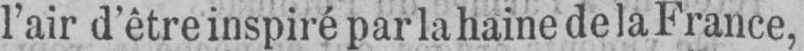
l’air d’être inspiré par la haine de la France,